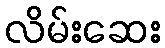
လိမ်းဆေး